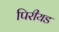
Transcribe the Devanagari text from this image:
पिरीयड